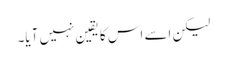
لیکن اسے اس کا یقین نہیں آیا۔